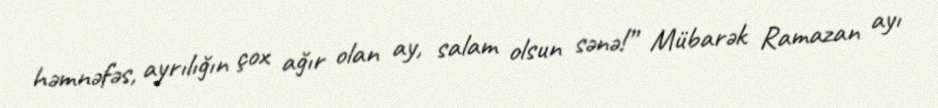
həmnəfəs, ayrılığın çox ağır olan ay, salam olsun sənə!” Mübarək Ramazan ayı